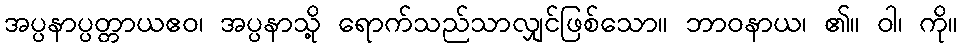
အပ္ပနာပ္ပတ္တာယဧဝ၊ အပ္ပနာသို့ ရောက်သည်သာလျှင်ဖြစ်သော။ ဘာဝနာယ၊ ၏။ ဝါ၊ ကို။